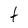
Character: t